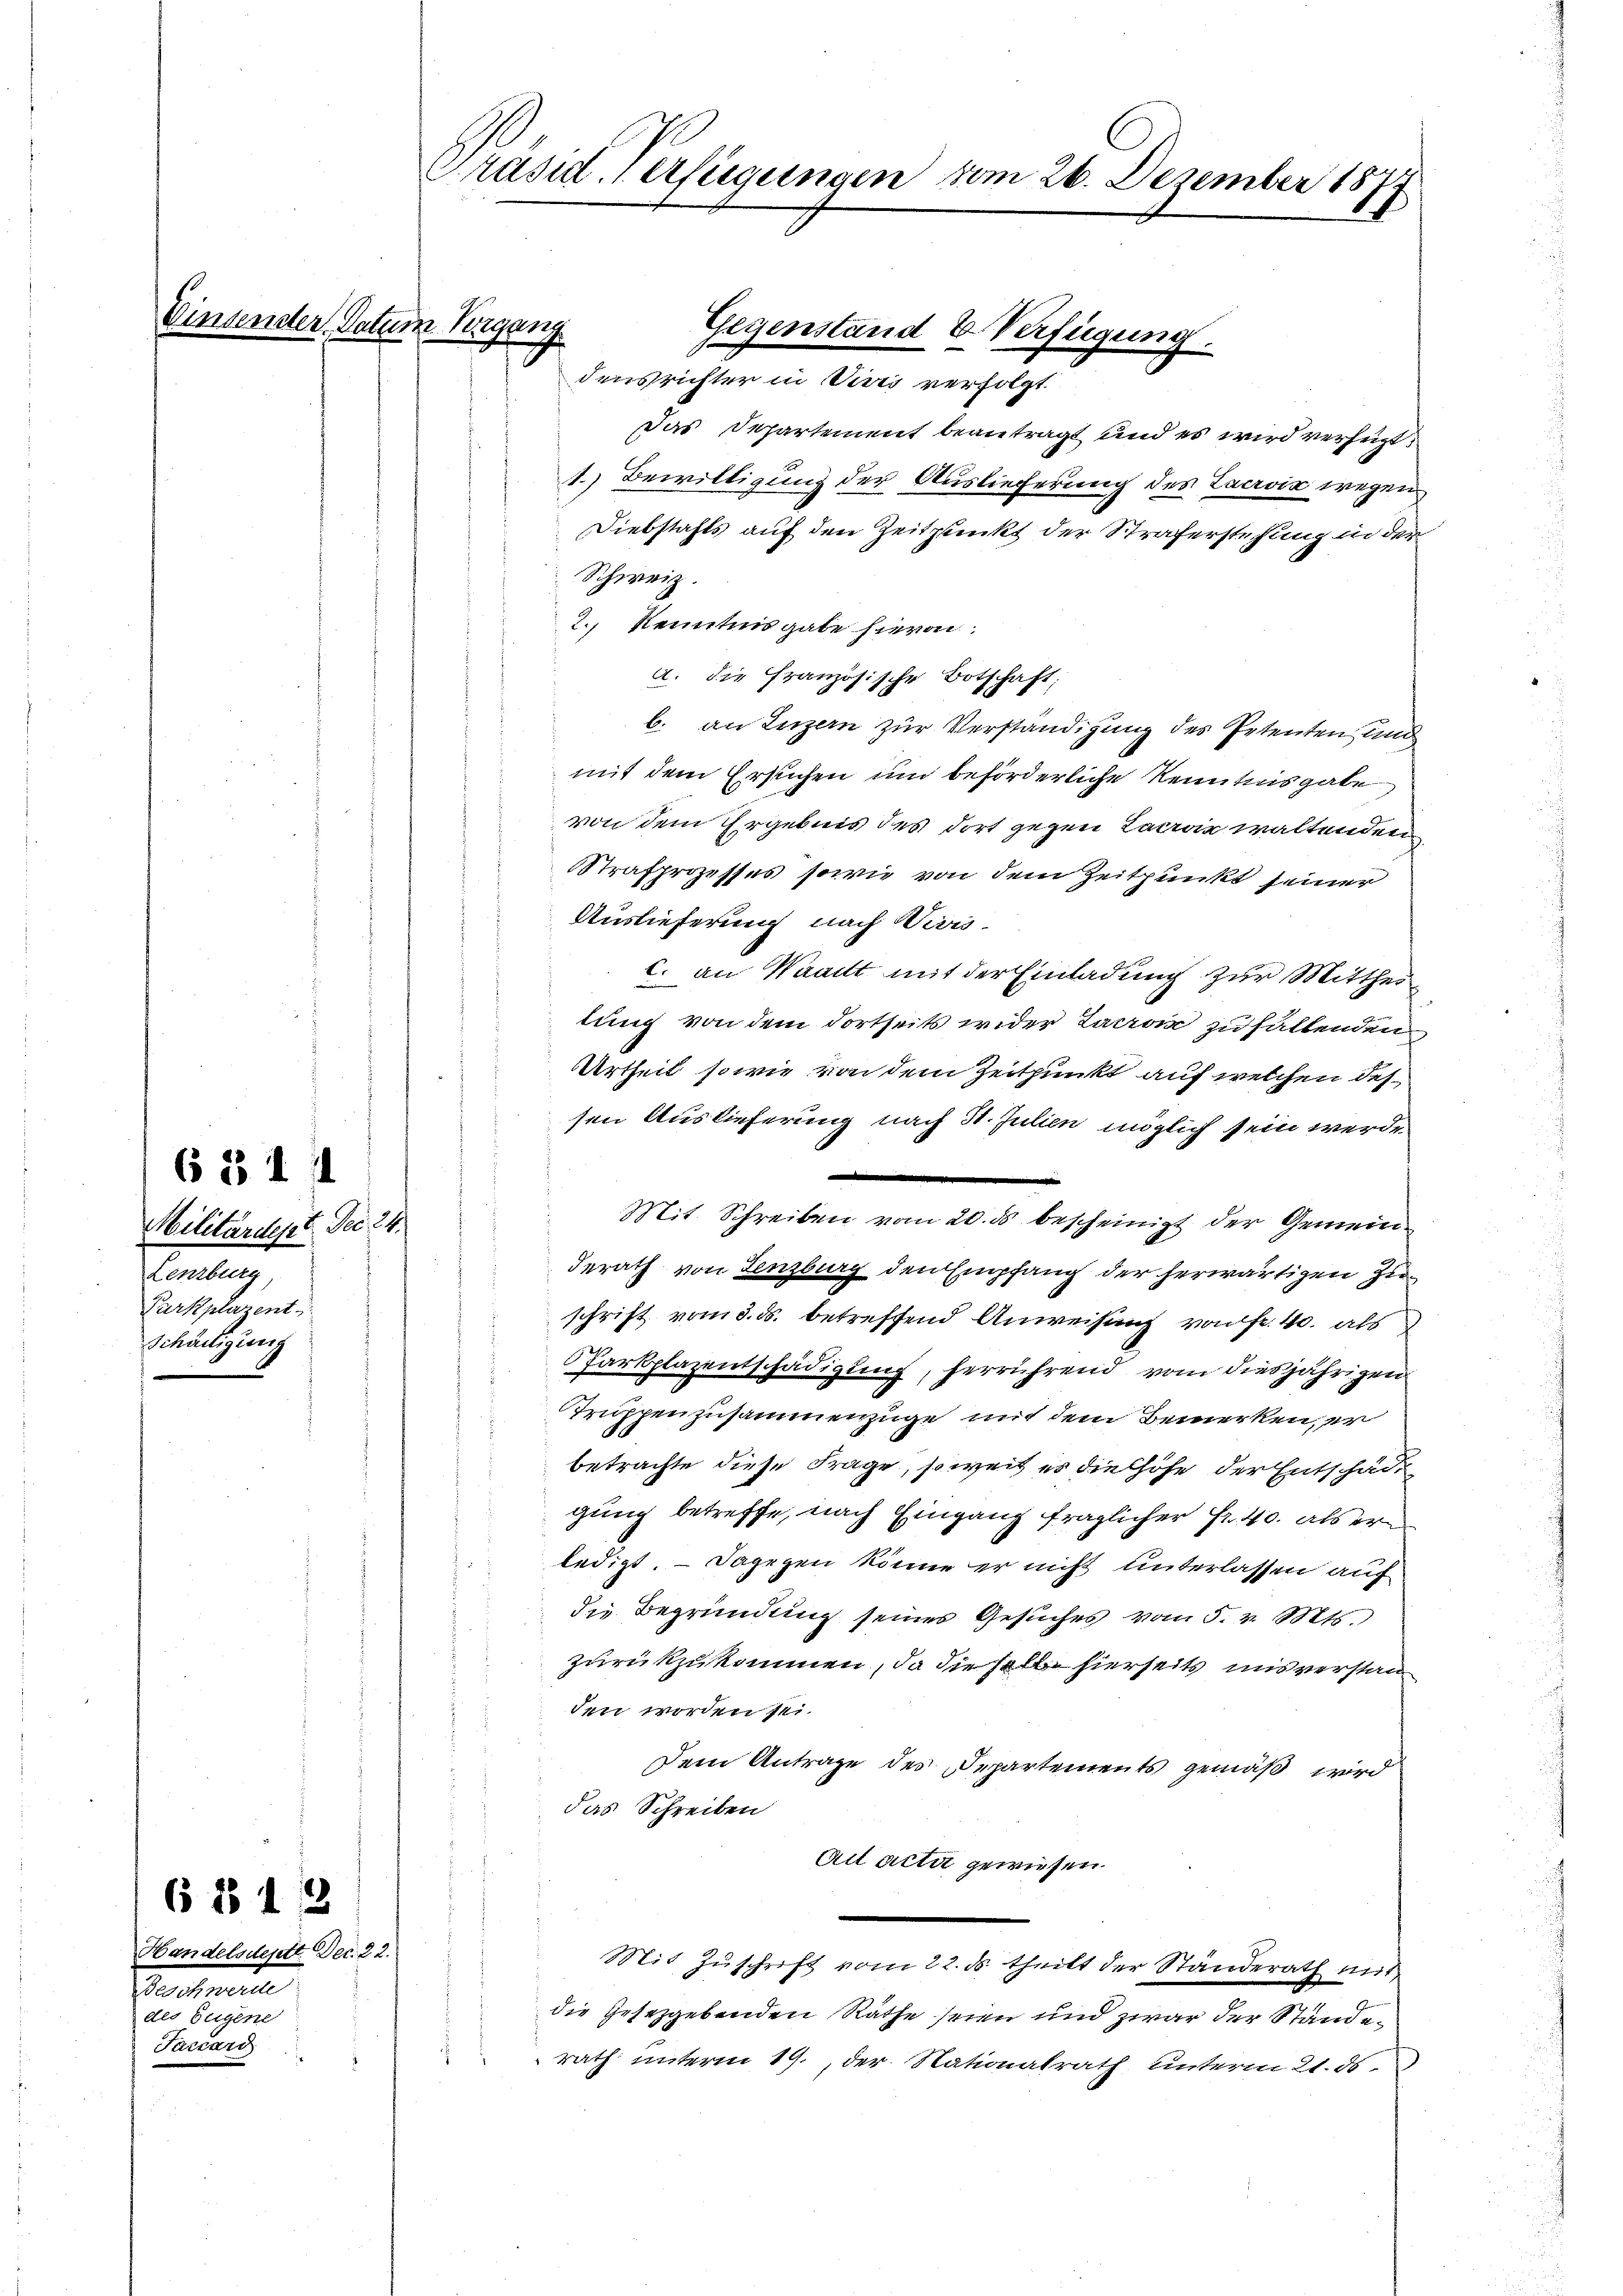
6 §§ 111

6 1512

Einsender. Datum Vergang

Militärdest. Der 24.
Lenzburg,
Purkplazent
Schälligung

Handelsdeptt Dec. 22.
Beschmann
des Eugene
Taccari

Präsid. Verfügungen vom 26. Dezember 1877.

Gegenstand & Verfügung.
densrichter in Vivis verfolgt.

Das Departement beantragt und es wird verheizt,
1.) Bewilligung der Auslieferung des Lacroix wegen
Diebstahls auf den Zeitpunkt der Straferstehung in der
Schweiz.
2., Kenntnis gabe hieron:
a. die Französische Botschaft;
b. an Luzern zur Verständigung des Petenten und
mit dem Ersuchen und beförderliche Kenntnisgabe
von dem Ergebnis des dort gegen Lacroix waltenden
Strafprozesses sowie von dem Zeitpunkt seiner
Auslieferung nach Wivis-
c. an Waadt mit der Einladung zur Mittheitung von dem dortseits wider Jacrain zu haltenden
Urtheil sowie von dem Zeitpunkt auf welchen des
sen Auslieferung nach St. Julien möglich sein werde
derath von Lenzburg den Empfang der herwärtigen Zi
schrift vom 3. ds. betreffend Anweisung von fr. 40. als
Parkplazentschädigung, herrührend vom diesjährigen
Truppenzusammenzüge mit dem Bemerken, er
betrachte diese Frage, soweit es die höhe der Entschädgung betreffe, nach Eingang fraglicher Fr. 40. als er
ledigt. – Dagegen könne er nicht unterlassen auf
die Begründung seines Gesuches vom 5. v. Mts.
zurückzukommen, da dieselbe hierseits mis verstan
den worden sei
Dem Antrage des Departements gemäß wird
das Schreiben
Act acta gewiesen.
Mit Zuschrift vom 22. ds. theilt der Standerath mit
die Gesetzgebenden Räthe seien und zwar der Ständerath unterm 19. der Nationalrath unterm 21. ds.

Mit Schreiben vom 20. ds bescheinigt der Gemein¬